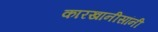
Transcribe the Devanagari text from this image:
कारखानीसांनी